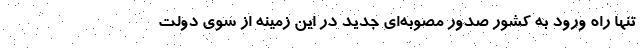
تنها راه ورود به کشور صدور مصوبه‌ای جدید در این زمینه از سوی دولت